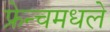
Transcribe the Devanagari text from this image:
फ्रेन्चमधले